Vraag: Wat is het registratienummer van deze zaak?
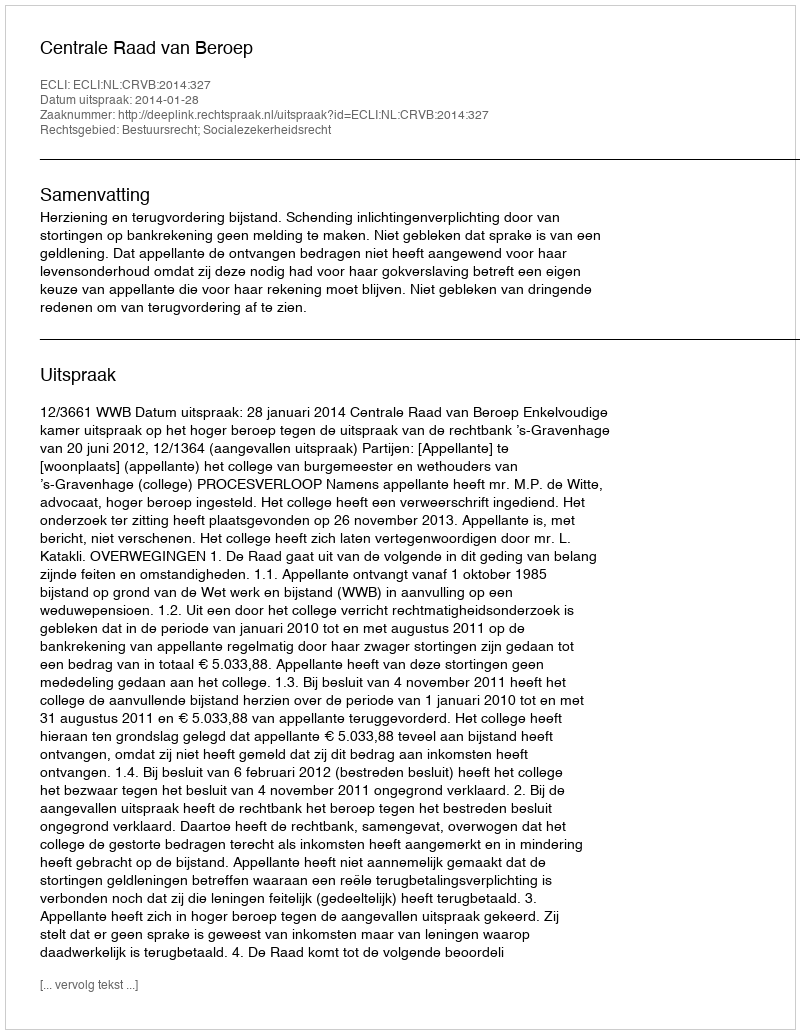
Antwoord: http://deeplink.rechtspraak.nl/uitspraak?id=ECLI:NL:CRVB:2014:327